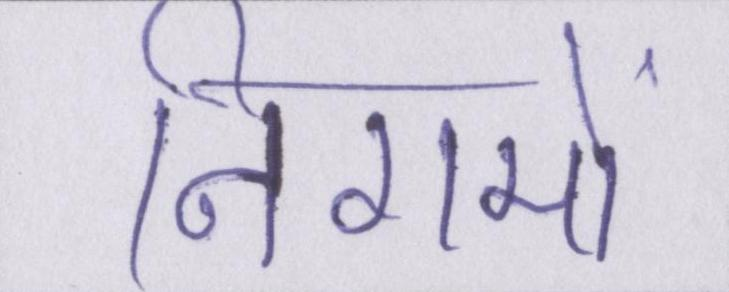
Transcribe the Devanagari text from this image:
निगमों